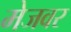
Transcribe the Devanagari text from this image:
मेजवर